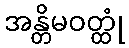
အန္တိမဝတ္ထုံ